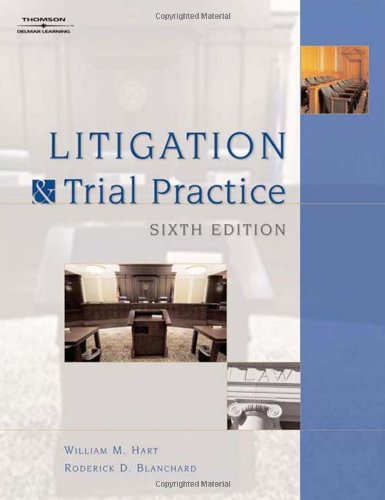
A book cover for Litigation and Trial Practice; William Hart; Law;